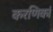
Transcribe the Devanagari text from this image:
करणिकां